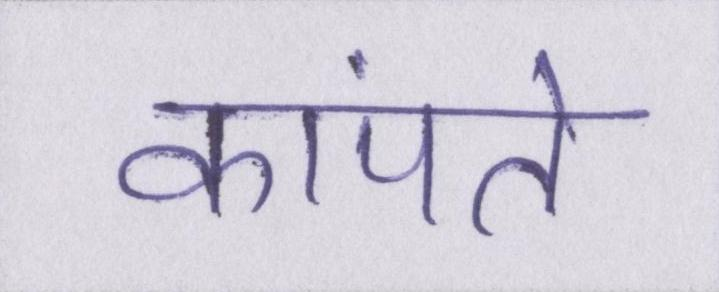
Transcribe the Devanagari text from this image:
कांपते